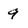
Character: 9